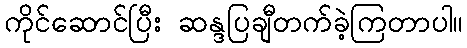
ကိုင်ဆောင်ပြီး ဆန္ဒပြချီတက်ခဲ့ကြတာပါ။